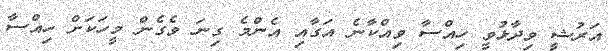
އަރުޝީ ވިދާޅުވީ ހިއްސާ ވިއްކާނެ އަގާއި އެންމެ ގިނަ ވެގެން މީހަކަށް ހިއްސާ